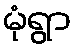
မုံရွာ